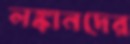
লঙ্কানদের